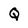
Character: Q